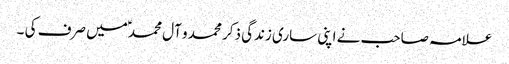
علامہ صاحب نے اپنی ساری زندگی ذکر محمد و آل محمد ؑمیں صرف کی ۔